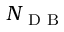
N _ { \mathrm { ~ D ~ B ~ } }